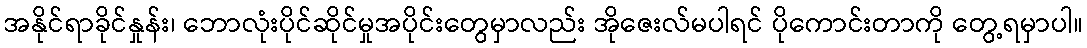
အနိုင်ရာခိုင်နှုန်း၊ ဘောလုံးပိုင်ဆိုင်မှုအပိုင်းတွေမှာလည်း အိုဇေးလ်မပါရင် ပိုကောင်းတာကို တွေ့ရမှာပါ။